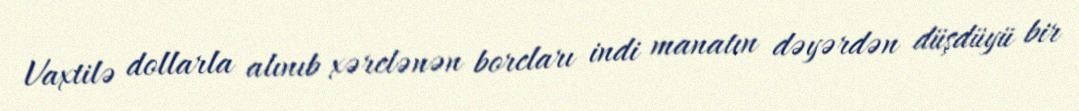
Vaxtilə dollarla alınıb xərclənən borcları indi manatın dəyərdən düşdüyü bir